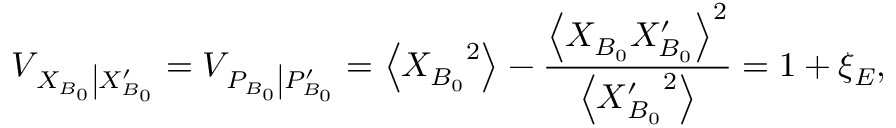
{ { V } _ { \left. { { X } _ { B _ { 0 } } } \right| X _ { B _ { 0 } } ^ { \prime } } } = { { V } _ { \left. { { P } _ { B _ { 0 } } } \right| P _ { B _ { 0 } } ^ { \prime } } } = \left\langle { { X } _ { B _ { 0 } } } ^ { 2 } \right\rangle - \frac { { { \left\langle { { X } _ { B _ { 0 } } } X _ { B _ { 0 } } ^ { \prime } \right\rangle } ^ { 2 } } } { \left\langle X { { _ { B _ { 0 } } ^ { \prime } } ^ { 2 } } \right\rangle } = 1 + { { \xi } _ { E } } ,